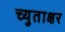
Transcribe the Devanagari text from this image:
च्युताक्षर